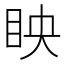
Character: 眏